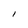
Character: I